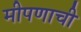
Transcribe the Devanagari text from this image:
मीपणाची